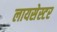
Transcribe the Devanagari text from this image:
लायसेस्टर